Trukikaitis_Postimees, lk 4
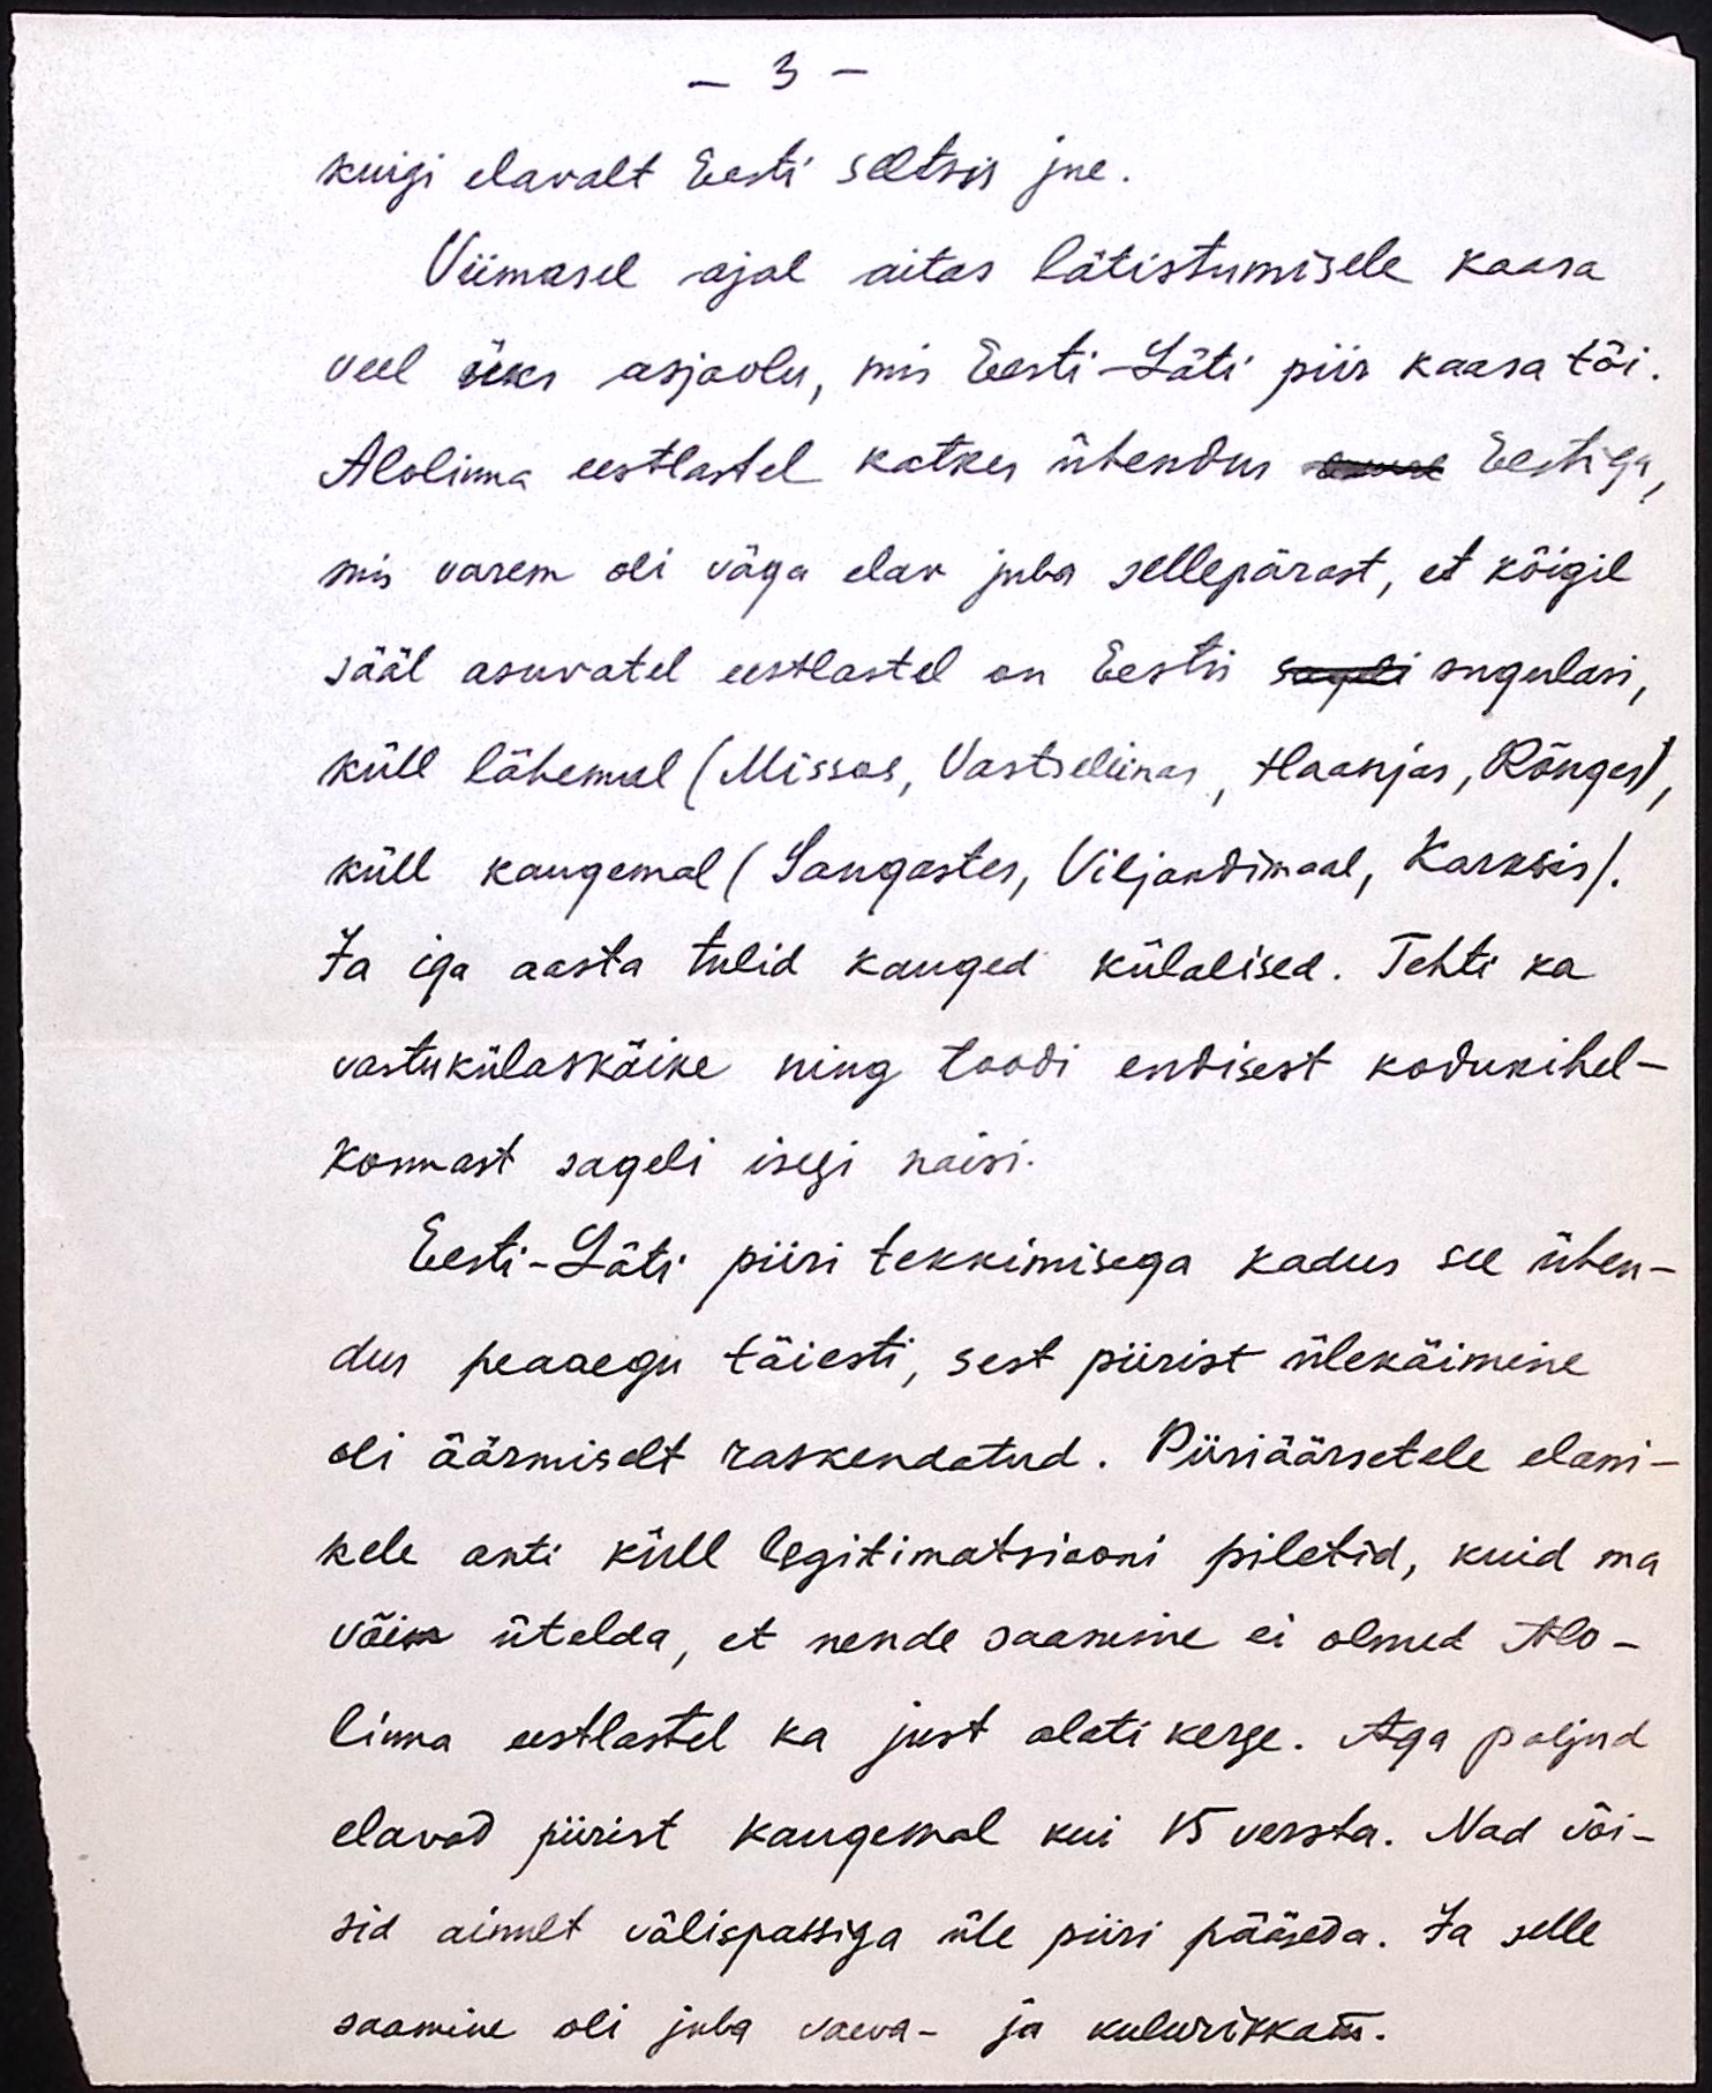
- 3 -
kuigi elavalt Eesti seltsis jne.
Viimasel ajal aitas lätistumisele kaasa
veel üks asjaolu, mis Eesti - Läti piir kaasa tõi.
Alolinna eestlastel katkes ühendus omal Eestiga,
mis varem oli väga elav juba sellepärast, et kõigil
sääl asuvatel eestlastel on Eestis sageli sugulasi,
küll lähemal (Missos, Vastseliinas, Haanjas, Rõuges),
küll kaugemal (Sangastes, Viljandimaal, Karksis).
Ja iga aasta tulid kauged külalised. Tehti ka
vastukülaskäike ning toodi endisest kodukihel-
konnast sageli isegi naisi.
Eesti - Läti piiri tekkimisega kadus see ühen-
dus peaaegu täiesti, sest piirist ülekäimine
oli äärmiselt raskendatud. Piiriäärsetele elani-
kele anti küll legitimatsiooni piletid, kuid ma
võin ütelda, et nende saamine ei olnud Alo-
linna eestlastel ka just alati kerge. Aga paljud
elavad piirist kaugemal kui 15 versta. Nad või-
sid ainult välispassiga üle piiri pääseda. Ja selle
saamine oli juba vaeva- ja kulurikkaks.